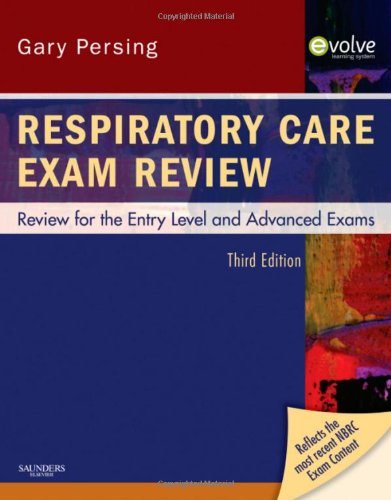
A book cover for Respiratory Care Exam Review: Review for the Entry Level and Advanced Exams, 3e; Gary Persing BS  RRT; Medical Books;